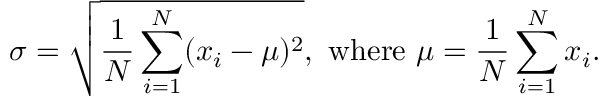
\sigma = { \sqrt { { \frac { 1 } { N } } \sum _ { i = 1 } ^ { N } ( x _ { i } - \mu ) ^ { 2 } } } , { \mathrm { ~ w h e r e ~ } } \mu = { \frac { 1 } { N } } \sum _ { i = 1 } ^ { N } x _ { i } .